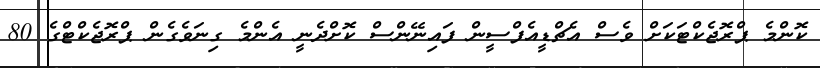
ކޮންމެ ޕްރޮޖެކްޓަކަށް ވެސް އެޗްޑީއެފްސީން ފައިނޭންސް ކޮށްދެނީ އެންމެ ގިނަވެގެން ޕްރޮޖެކްޓްގެ 80